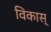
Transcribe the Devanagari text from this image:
विकास्